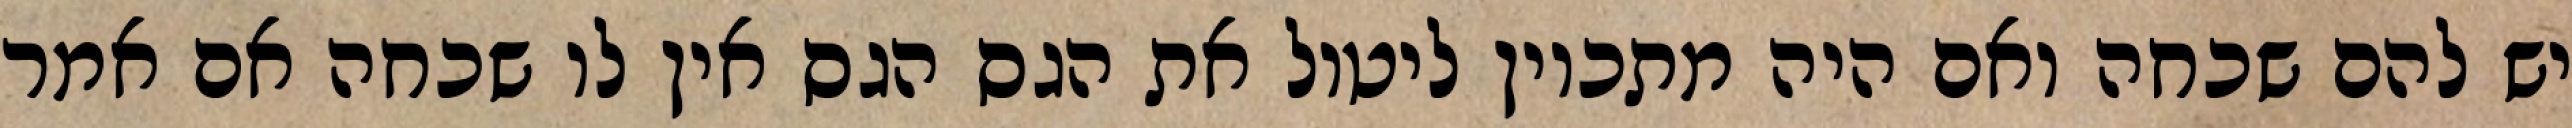
יש להם שכחה ואם היה מתכוין ליטול את הגס הגס אין לו שכחה אם אמר